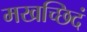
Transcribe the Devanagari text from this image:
मखच्छिदं